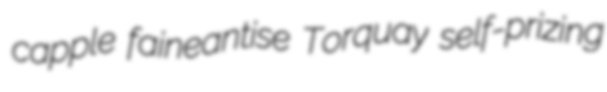
capple faineantise Torquay self-prizing